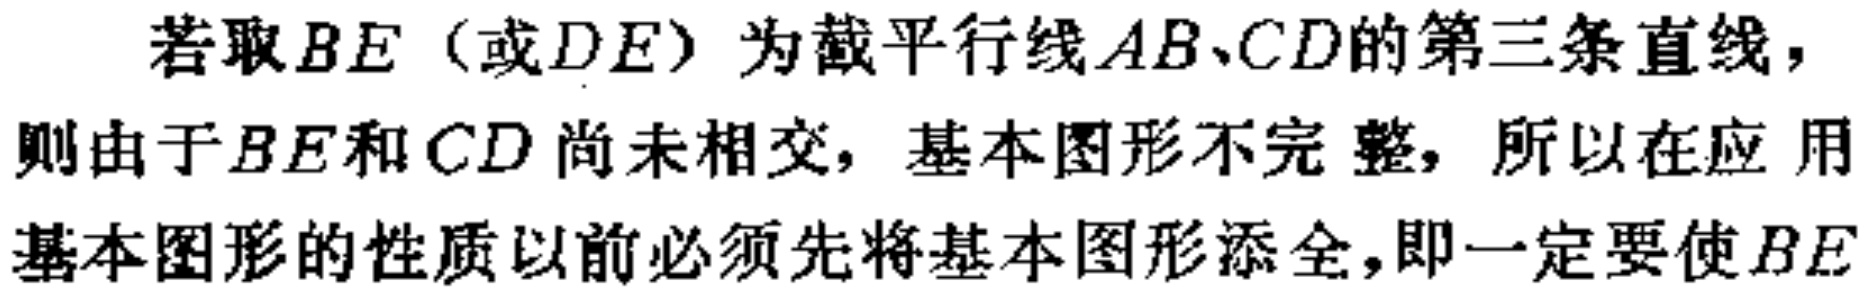
若取\(BE\)（或\(DE\)）为截平行线\(AB、CD\)的第三条直线，
则由于\(BE\)和\(CD\)尚未相交，基本图形不完整，所以在应用
基本图形的性质以前必须先将基本图形添全，即一定要使\(BE\)